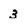
Character: 3